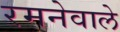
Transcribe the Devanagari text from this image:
रमनेवाले